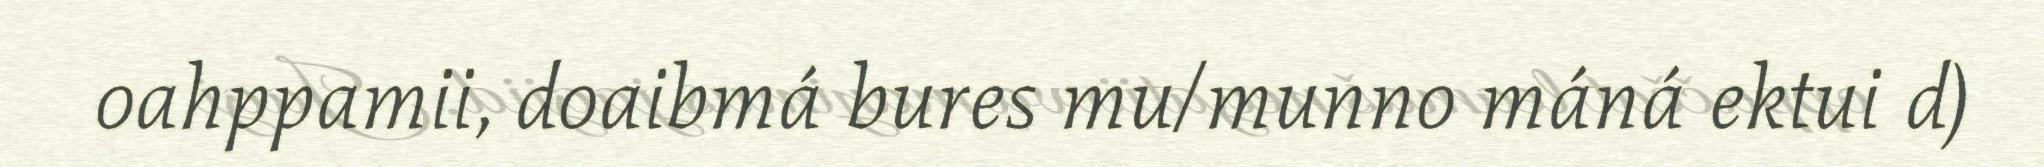
oahppamii, doaibmá bures mu/munno máná ektui d)